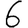
Digit: 6